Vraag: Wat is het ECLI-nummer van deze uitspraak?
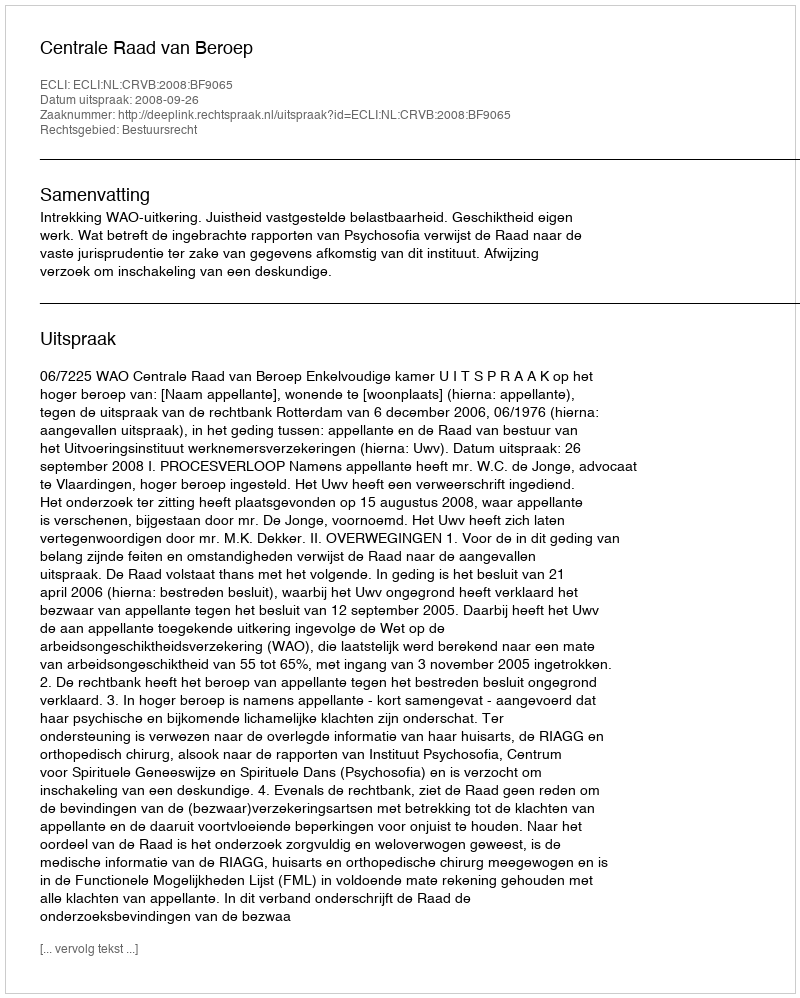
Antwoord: ECLI:NL:CRVB:2008:BF9065